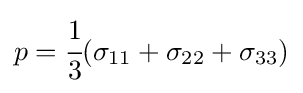
p={\cfrac {1}{3}}({\sigma }_{11}+{\sigma }_{22}+{\sigma }_{33})